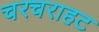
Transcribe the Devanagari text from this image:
चरचराहट